Civil Veterinary Dept. North-West Frontier Province 1901-22 - 1901-1922
Year: 1901
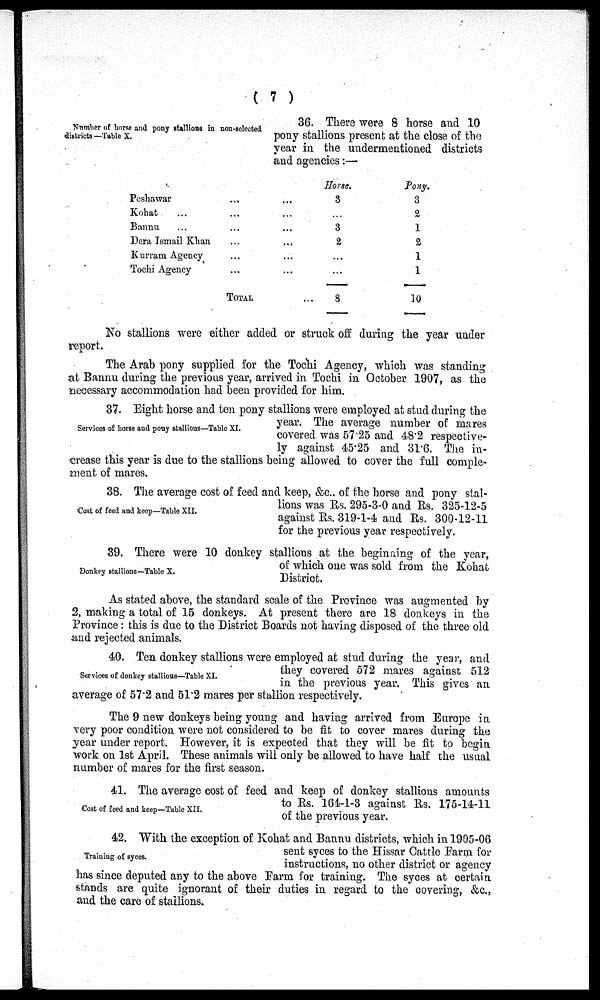
(7)
Number of horse and pony stallions in non-selected
districts —Table X.
36. There were 8 horse and 10
pony stallions present at the close of the
year in the undermentioned districts
and agencies:—
Peshawar
Kohat ...
Bannu ...
Dera Ismail Khan
Kurram Agency
Tochi Agency
...
...
...
...
...
...
TOTAL
...
...
...
...
...
...
...
Horse.
3
...
3
2
...
...
8
Pony.
3
2
1
2
1
1
10
No stallions were either added or struck off during the year under
report.
The Arab pony supplied for the Tochi Agency, which was standing
at Bannu during the previous year, arrived in Tochi in October 1907, as the
necessary accommodation had been provided for him.
Services of horse and pony stallions—Table XI.
37. Eight horse and ten pony stallions were employed at stud during the
year. The average number of mares
covered was 57.25 and 48.2 respective-
ly against 45.25 and 31.6. The in-
crease this year is due to the stallions being allowed to cover the full comple-
ment of mares.
Cost of feed and keep—Table XII.
38. The average cost of feed and keep, &c. of the horse and pony stal-
lions was Rs. 295-3-0 and Rs. 325-12-5
against Rs. 319-1-4 and Rs. 300-12-11
for the previous year respectively.
Donkey stallions—Table X.
39. There were 10 donkey stallions at the beginning of the year,
of which one was sold from the Kohat
District.
As stated above, the standard scale of the Province was augmented by
2, making a total of 15 donkeys. At present there are 18 donkeys in the
Province: this is due to the District Boards not having disposed of the three old
and rejected animals.
Services of donkey stallions—Table XI.
40. Ten donkey stallions were employed at stud during the year, and
they covered 572 mares against 512
in the previous year. This gives an
average of 57.2 and 51.2 mares per stallion respectively.
The 9 new donkeys being young and having arrived from Europe in
very poor condition were not considered to be fit to cover mares during the
year under report. However, it is expected that they will be fit to begin
work on 1st April. These animals will only be allowed to have half the usual
number of mares for the first season.
Cost of feed and keep—Table XII.
41. The average cost of feed and keep of donkey stallions amounts
to Rs. 164-1-3 against Rs. 175-14-11
of the previous year.
Training of syces.
42. With the exception of Kohat and Bannu districts, which in 1905-06
sent syces to the Hissar Cattle Farm for
instructions, no other district or agency
has since deputed any to the above Farm for training. The syces at certain
stands are quite ignorant of their duties in regard to the covering, &c.,
and the care of stallions.